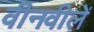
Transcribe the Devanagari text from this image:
वीनवीलें